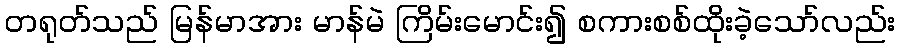
တရုတ်သည် မြန်မာအား မာန်မဲ ကြိမ်းမောင်း၍ စကားစစ်ထိုးခဲ့သော်လည်း